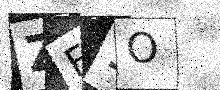
Text: ZF1O